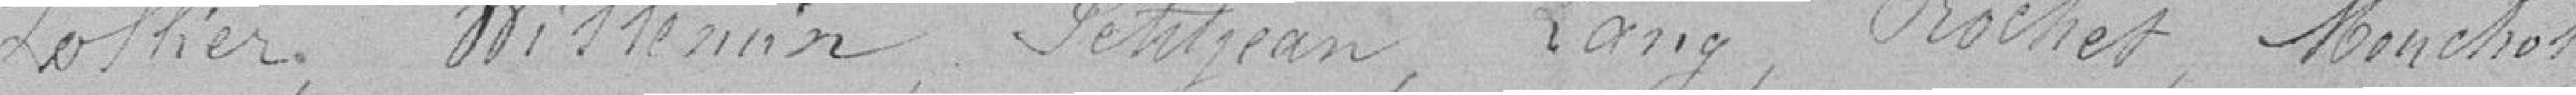
Lollier, Willemin, Petitjean, Lang, Rochet, Mouchot